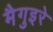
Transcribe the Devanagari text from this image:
मैगुइरे